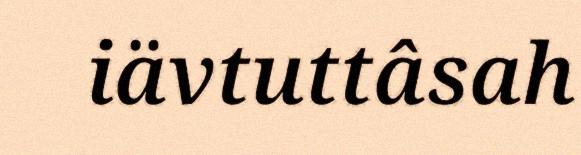
iävtuttâsah